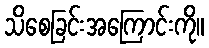
သိစေခြင်းအကြောင်းကို။